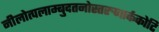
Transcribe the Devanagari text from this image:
नीलोत्पलाम्बुदतनोस्तरुणार्ककोटि